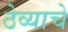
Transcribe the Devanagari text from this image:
ठेव्याचे